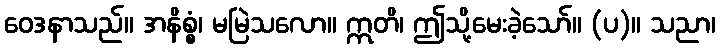
ဝေဒနာသည်။ အနိစ္စံ၊ မမြဲသလော။ ဣတိ၊ ဤသို့မေးခဲ့သော်။ (ပ)။ သညာ၊